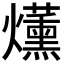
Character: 𤓂